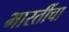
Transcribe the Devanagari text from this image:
भारतींचा